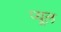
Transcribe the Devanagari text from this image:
प्यूल